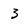
Character: 3